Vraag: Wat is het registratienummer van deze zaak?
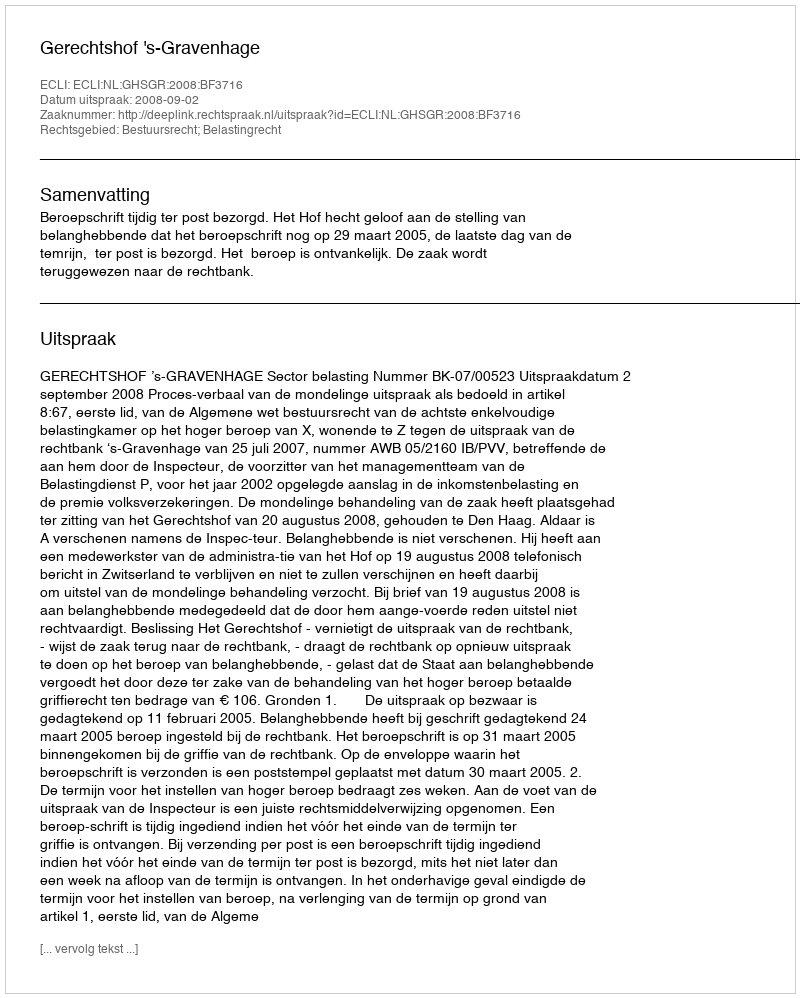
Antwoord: http://deeplink.rechtspraak.nl/uitspraak?id=ECLI:NL:GHSGR:2008:BF3716